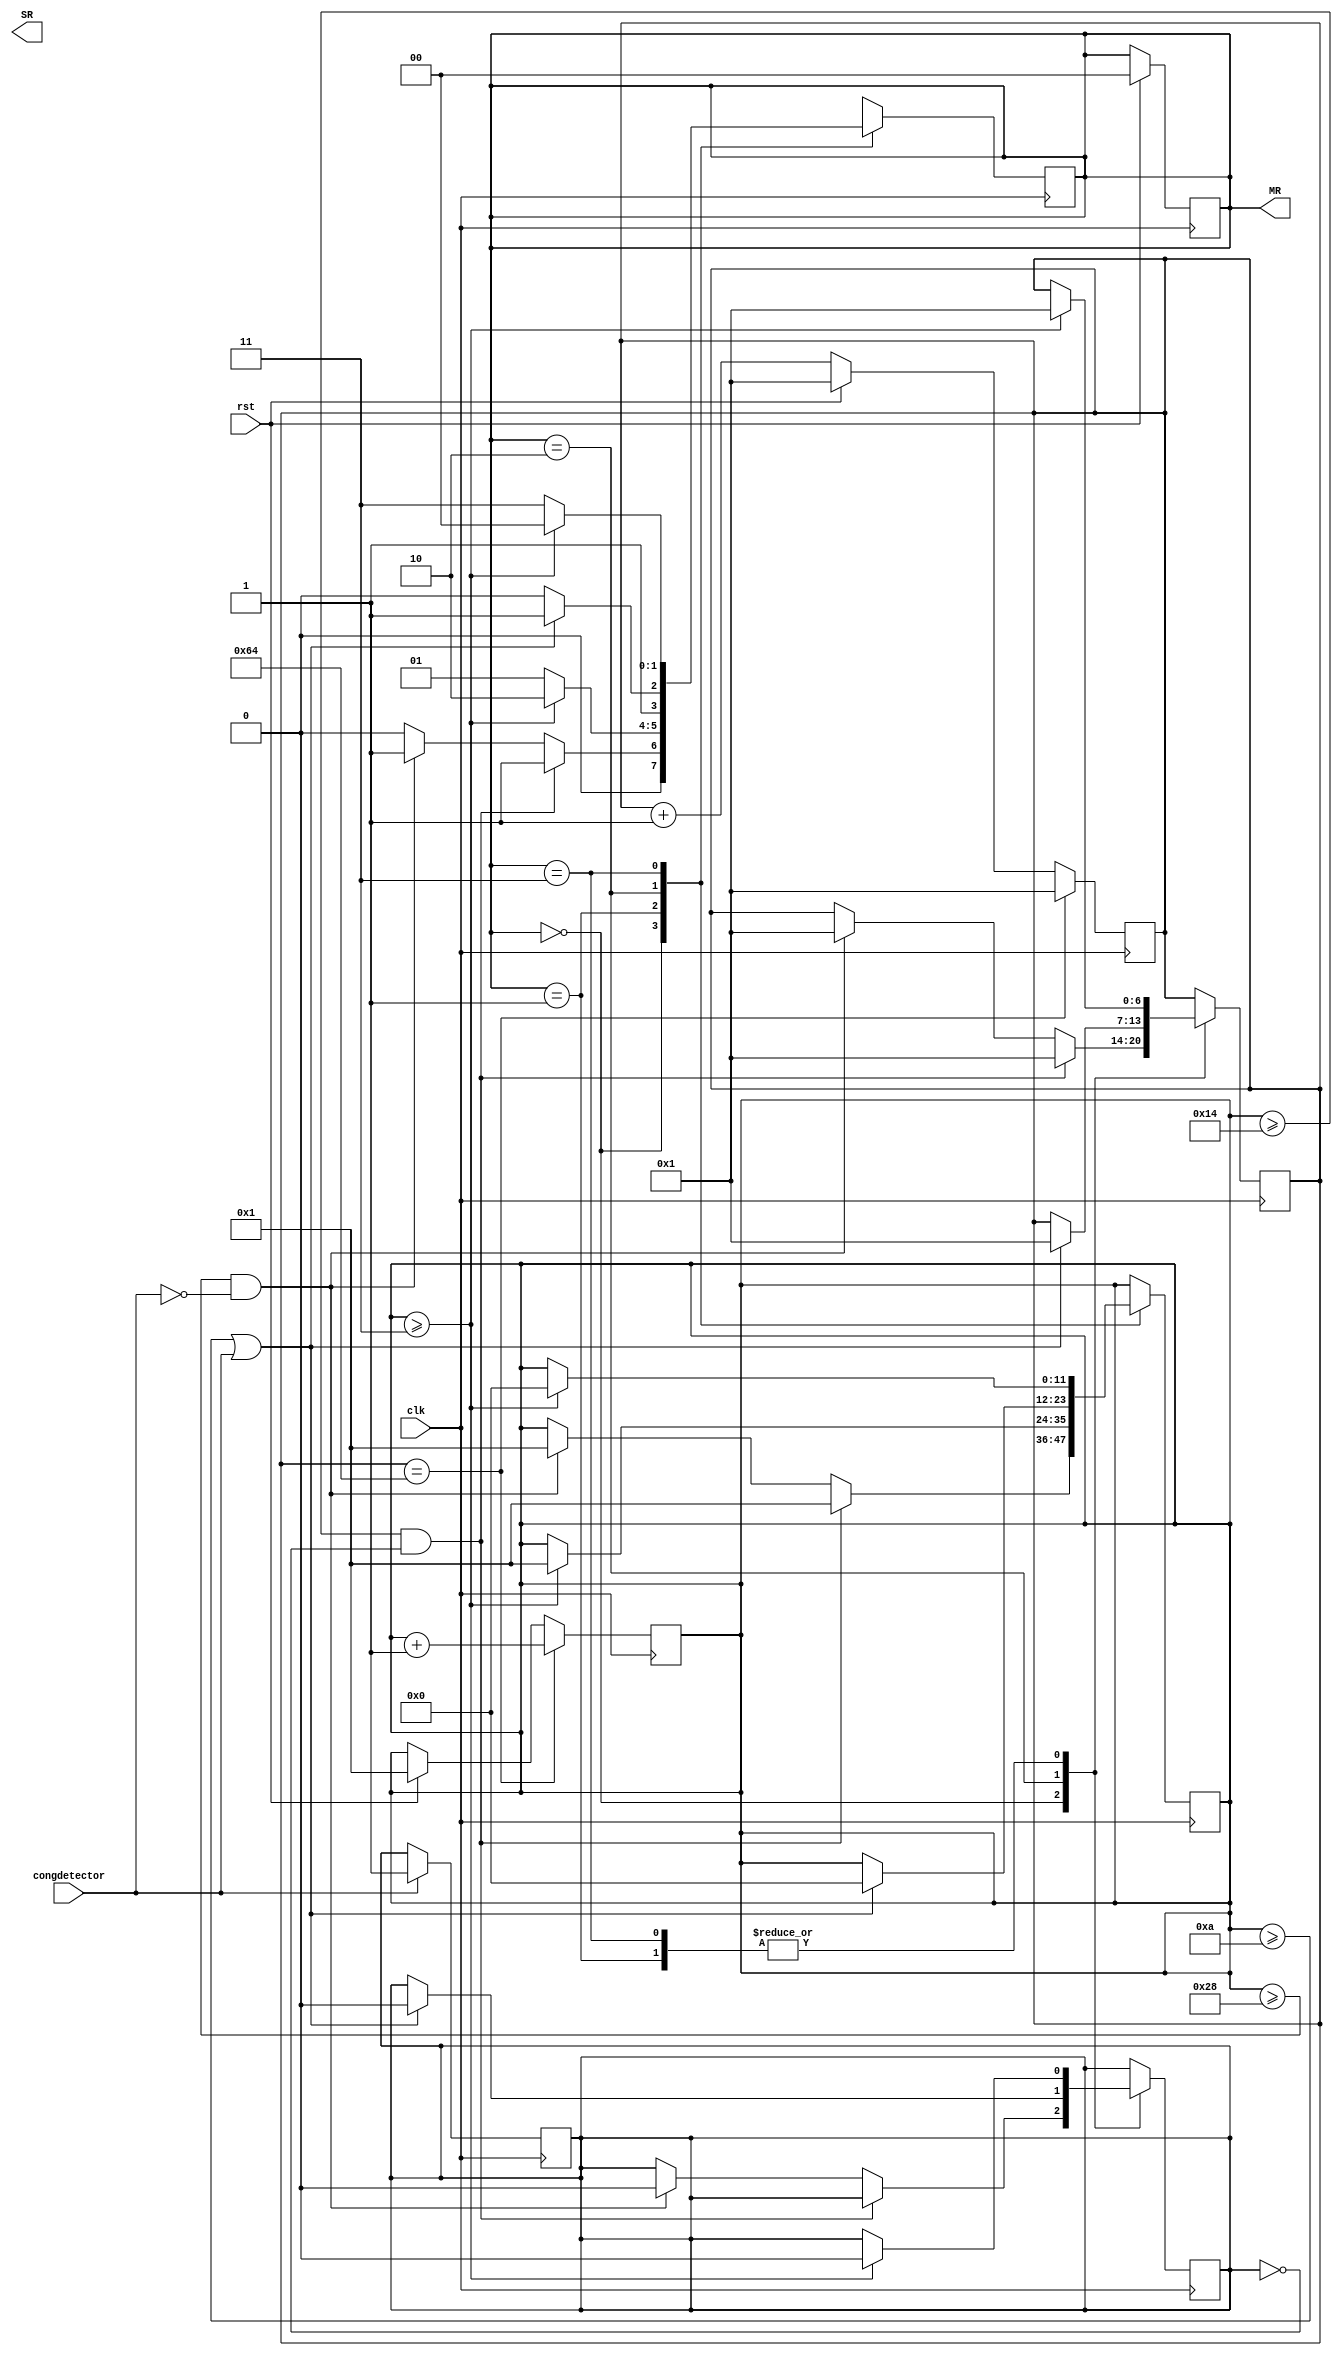
`timescale 1ms / 1ms

module trafficlight(MR, SR, congdetector, rst, clk);
    input congdetector, rst, clk;     
    output[1:0] MR, SR;             // MR - main road  SR - side road 
    reg[11:0] seccount;
    reg[1:0] State;
    reg[6:0] clkcount;
    reg condetected = 0;
    
    assign MR = State;
        
    always@(posedge clk)begin
    if(congdetector) condetected <= congdetector; 
    end
    
    always@(posedge clk) begin
    if (rst)begin 
    State <= 2'b00;
    seccount <= 1; 
    clkcount <= 1; 
    end
    else 
    clkcount <= clkcount + 1;
    if (clkcount == 100)begin
    clkcount <= 1; 
    seccount <= seccount + 1; 
    end 
    end 
    
    always@(posedge clk)begin
    case(State)
        0:begin if(seccount>=20 &~condetected )begin 
        clkcount <= 1;
        State<= 2'b01;
        seccount <= 1;  
        end
        else if(seccount>=40 &~congdetector)begin 
        condetected<=0;
        State<= 2'b01;
        seccount <= 1; 
        clkcount <= 1;
        end
        else State <= 2'b00;
        end
        1:begin if(seccount>=3)begin 
        State <=2'b10;
        seccount <= 1; 
        condetected<=0;
        clkcount <= 1;
        end 
        else State <= 2'b01;
        end
        2:begin if(seccount >= 10 | congdetector )begin 
        condetected<=0;
        State <= 2'b11;
        seccount <= 0; 
        clkcount <= 1;
        end
        else State <= 2'b10;
        end
        3:begin if(seccount>=3)begin 
        State <= 2'b00;
        seccount <= 0;
        condetected<=0; 
        clkcount <= 1;
        end 
        else State <= 2'b11;
        end
        default:begin 
        State <= 2'b00;
        condetected<=0; 
        seccount <= 0; 
        clkcount <= 1; 
        end
    endcase
    end
endmodule